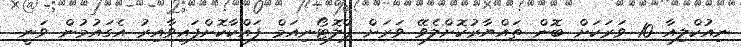
ނިއުކްލިއާ 10 ވަރަކަށް ބޮން ތައްޔާރުކޮށްލެވޭ ވަރަށް ޕްލޮޓޯނިއަމް ފައްކާކޮށްފައިވާއިރު އެގައުމުން ވަނީ